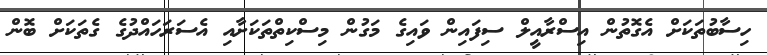
ހިސާބުތަކަށް އެގޮތުން އިސްރާއީލް ސިފައިން ވައިގެ މަގުން މިސްކިތްތަކަށާއި އެސަރަހައްދުގެ ގެތަކަށް ބޮން